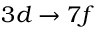
3 d \rightarrow 7 f